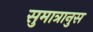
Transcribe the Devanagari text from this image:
सुमात्रानुस